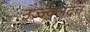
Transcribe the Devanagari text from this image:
उज्ज्वलदत्त